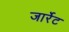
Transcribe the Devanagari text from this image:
जार्रेट